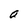
Character: O